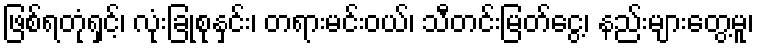
ဖြစ်ရတုံရှင့်၊ လုံးခြုံစုနှင်း၊ တရားမင်းဝယ်၊ သီတင်းမြတ်ငွေ့၊ နည်းများတွေ့မူ၊